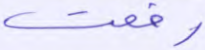
رفعت